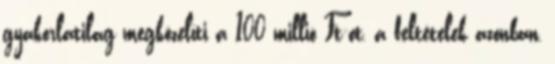
gyakorlatilag megközelíti a 100 millió Ft-ot, a feltételek azonban,